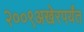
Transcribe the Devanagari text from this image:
२००९अखेरपर्यंत